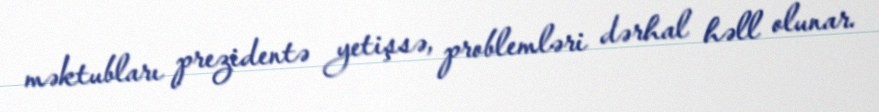
məktubları prezidentə yetişsə, problemləri dərhal həll olunar.